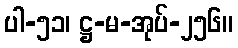
ပါ-၅၁၊ ဋ္ဌ-မ-အုပ်-၂၅၆။